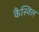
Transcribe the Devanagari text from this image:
कैस्विल